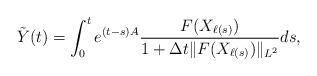
LaTeX: \begin{align*}\tilde{Y}(t)=\int_{0}^{t}e^{(t-s)A}\frac{F(X_{\ell(s)})}{1+\Delta t\|F(X_{\ell(s)})\|_{L^2}}ds,\end{align*}